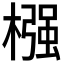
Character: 𣚦